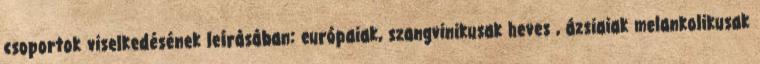
csoportok viselkedésének leírásában: európaiak, szangvinikusak heves , ázsiaiak melankolikusak